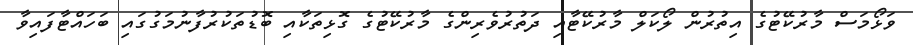
ވަޅޯމަސް މާރުކޭޓުގެ އިތުރުން ލޯކަލް މާރުކޭޓާއި ދަތުރުވެރިންގެ މާރުކޭޓުގެ ގޮޅިތަކާއި ބޮޑުތަކުރުފާނުމަގުގައި ބަހައްޓާފައިވާ